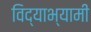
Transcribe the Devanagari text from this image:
विद्याभ्यामी